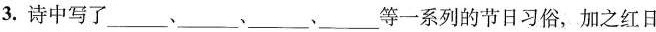
3.诗中写了___、___、___、___等一系列的节日习俗，加之红日